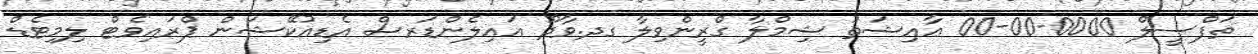
ތަފްސީލް 0000-00-00 ޢާއިޝަތު ޝިމްލާ ގްރީންވިލާ ގދ.ވާދޫ އައިލެންޑަރސް އެޑިއުކޭޝަން ޕްރައިވެޓް ލިމިޓެޑް